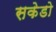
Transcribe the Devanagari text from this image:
सकेडो